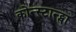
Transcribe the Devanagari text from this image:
कोन्स्टान्ट्सा